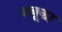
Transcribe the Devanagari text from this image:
अबूका